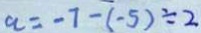
a = - 7 - ( - 5 ) \div 2